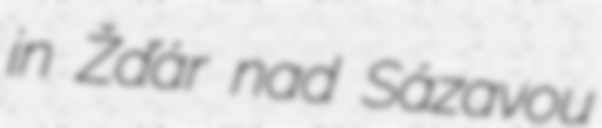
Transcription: in Žďár nad Sázavou